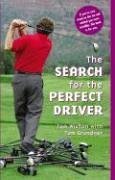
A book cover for The Search for the Perfect Driver; Tom Wishon; Sports & Outdoors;